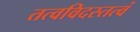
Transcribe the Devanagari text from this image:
तत्वविदस्तत्वं